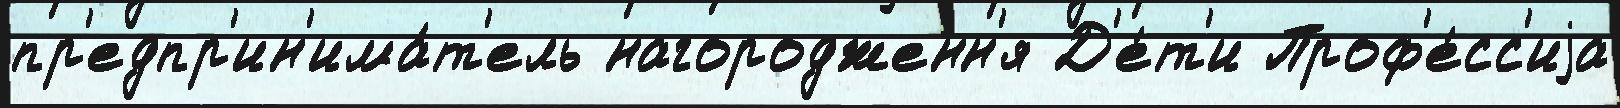
пр'едпр'ин'има́т'ель нагородженн'я Д'е́т'и Проф'е́сс'иjа